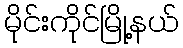
မိုင်းကိုင်မြို့နယ်